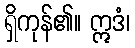
ရှိကုန်၏။ ဣဒံ၊